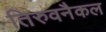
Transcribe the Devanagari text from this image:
तिरुवनैकल